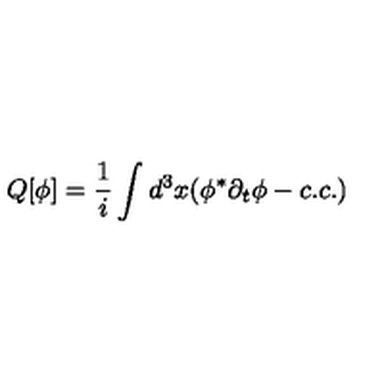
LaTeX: Q [ \phi ] = \frac { 1 } { i } \int d ^ { 3 } x ( \phi ^ { \ast } \partial _ { t } \phi - c . c . )